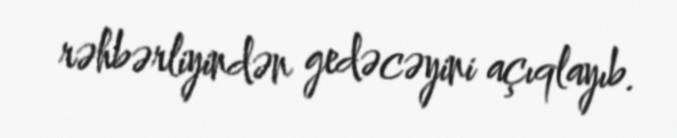
rəhbərliyindən gedəcəyini açıqlayıb.